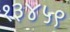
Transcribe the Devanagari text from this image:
१३४५९